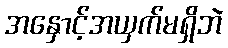
အနှောင့်အယှက်မရှိဘဲ